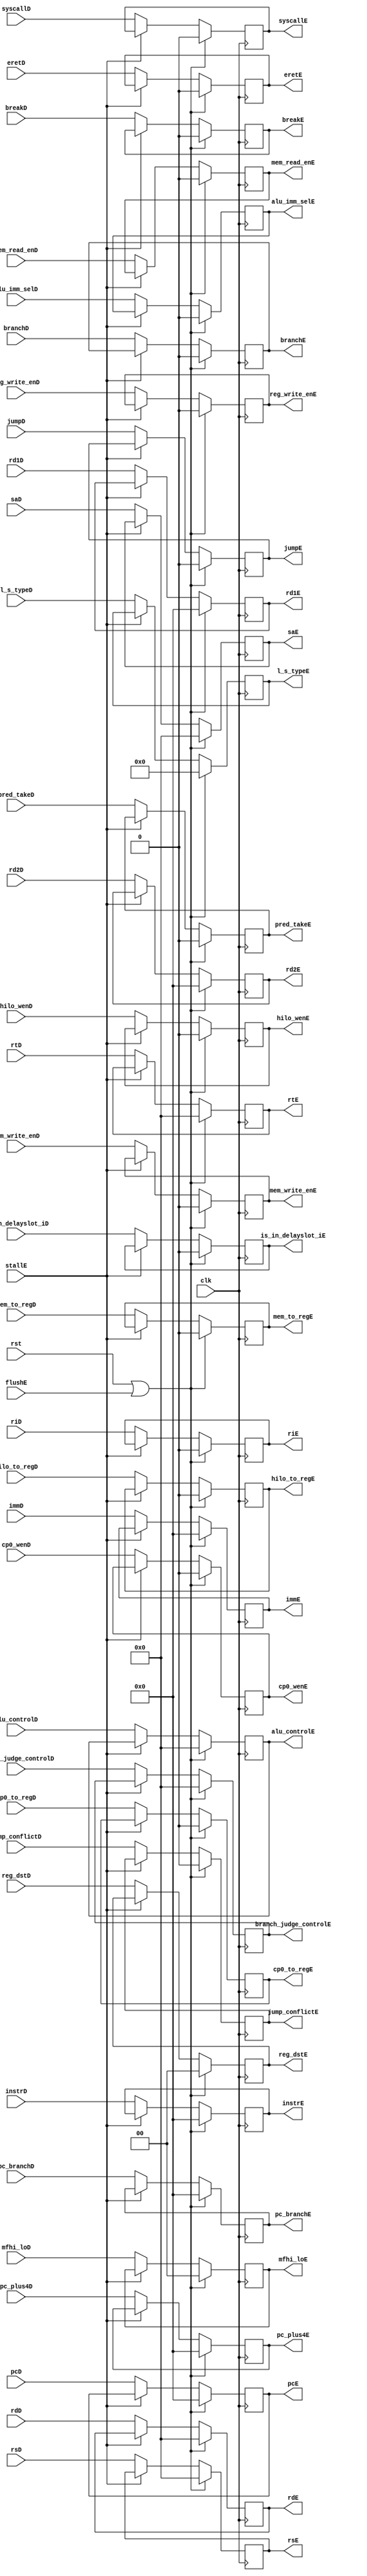
module id_ex (
    input wire clk, rst,
    input wire stallE,
    input wire flushE,
    input wire [31:0] pcD,
    input wire [31:0] rd1D, rd2D,
    input wire [4:0] rsD, rtD, rdD,
    input wire [31:0] immD,
    input wire [31:0] pc_plus4D,
    input wire [31:0] instrD,
    input wire [31:0] pc_branchD,
    input wire pred_takeD,
    input wire branchD,
    input wire jump_conflictD,
    input wire [4:0] saD,
    input wire is_in_delayslot_iD,
    input wire [4:0] alu_controlD,
    input wire jumpD,
    input wire [4:0] branch_judge_controlD,
    input wire [7:0] l_s_typeD,
    input wire [1:0] mfhi_loD,
    input wire [1:0] reg_dstD,		
    input wire alu_imm_selD,	
    input wire mem_read_enD,	
    input wire mem_write_enD,	
    input wire reg_write_enD,	
    input wire mem_to_regD,		
    input wire hilo_wenD,		
    input wire hilo_to_regD,	
    input wire riD,				
    input wire breakD,			
    input wire syscallD,		
    input wire eretD,			
    input wire cp0_wenD,		
    input wire cp0_to_regD,	

    output reg [31:0] pcE,
    output reg [31:0] rd1E, rd2E,
    output reg [4:0] rsE, rtE, rdE,
    output reg [31:0] immE,
    output reg [31:0] pc_plus4E,
    output reg [31:0] instrE,
    output reg [31:0] pc_branchE,
    output reg pred_takeE,
    output reg branchE,
    output reg jump_conflictE,    
    output reg [4:0] saE,        
    output reg is_in_delayslot_iE,
    output reg [4:0] alu_controlE,
    output reg jumpE,
    output reg [4:0] branch_judge_controlE,
    output reg [7:0] l_s_typeE,
    output reg [1:0] mfhi_loE,

    output reg [1:0] reg_dstE,		
    output reg alu_imm_selE,	
    output reg mem_read_enE,	
    output reg mem_write_enE,	
    output reg reg_write_enE,	
    output reg mem_to_regE,		
    output reg hilo_wenE,		
    output reg hilo_to_regE,	
    output reg riE,				
    output reg breakE,			
    output reg syscallE,		
    output reg eretE,			
    output reg cp0_wenE,		
    output reg cp0_to_regE		
);
    always @(posedge clk) begin
        if(rst | flushE) begin
            pcE                     <=      0   ;
            rd1E                    <=      0   ;
            rd2E                    <=      0   ;
            rsE                     <=      0   ;
            rtE                     <=      0   ;
            rdE                     <=      0   ;
            immE                    <=      0   ;
            pc_plus4E               <=      0   ;
            instrE                  <=      0   ;
            pc_branchE              <=      0   ;
            pred_takeE              <=      0   ;
            branchE                 <=      0   ;
            jump_conflictE          <=      0   ;
            saE                     <=      0   ;
            is_in_delayslot_iE      <=      0   ;
            alu_controlE            <=      0   ;
            jumpE                   <=      0   ;
            branch_judge_controlE   <=      0   ;
            l_s_typeE               <=      0   ;
            mfhi_loE                <=      0   ;
            reg_dstE		        <=      0   ; 
			alu_imm_selE	        <=      0   ;
			mem_read_enE	        <=      0   ;
			mem_write_enE	        <=      0   ;
			reg_write_enE	        <=      0   ;
			mem_to_regE		        <=      0   ;
			hilo_wenE		        <=      0   ;
			hilo_to_regE	        <=      0   ;
			riE				        <=      0   ;
			breakE			        <=      0   ;
			syscallE		        <=      0   ;
			eretE			        <=      0   ;
			cp0_wenE		        <=      0   ;
			cp0_to_regE		        <=      0   ;
        end 
        else if(~stallE) begin
            pcE                     <= pcD                  ;
            rd1E                    <= rd1D                 ;
            rd2E                    <= rd2D                 ;
            rsE                     <= rsD                  ;
            rtE                     <= rtD                  ;
            rdE                     <= rdD                  ;
            immE                    <= immD                 ;
            pc_plus4E               <= pc_plus4D            ;
            instrE                  <= instrD               ;
            pc_branchE              <= pc_branchD           ;
            pred_takeE              <= pred_takeD           ;
            branchE                 <= branchD              ;
            jump_conflictE          <= jump_conflictD       ;
            saE                     <= saD                  ;
            is_in_delayslot_iE      <= is_in_delayslot_iD   ;
            alu_controlE            <= alu_controlD         ;
            jumpE                   <= jumpD                ;
            branch_judge_controlE   <= branch_judge_controlD;
            l_s_typeE               <= l_s_typeD            ;
            mfhi_loE                <= mfhi_loD             ;
            reg_dstE		        <= reg_dstD 		    ; 
			alu_imm_selE	        <= alu_imm_selD 	    ;
			mem_read_enE	        <= mem_read_enD		    ;
			mem_write_enE	        <= mem_write_enD	    ;
			reg_write_enE	        <= reg_write_enD 	    ;
			mem_to_regE		        <= mem_to_regD 		    ;
			hilo_wenE		        <= hilo_wenD		    ;
			hilo_to_regE	        <= hilo_to_regD		    ;
			riE				        <= riD				    ;
			breakE			        <= breakD			    ;
			syscallE		        <= syscallD			    ;
			eretE			        <= eretD			    ;
			cp0_wenE		        <= cp0_wenD			    ;
			cp0_to_regE		        <= cp0_to_regD		    ;
        end
    end

// // main_decoder 
//     always@(posedge clk) begin
// 		if(rst | flushE) begin
// 			reg_dstE		<= 0; 
// 			alu_imm_selE	<= 0;
// 			mem_read_enE	<= 0;
// 			mem_write_enE	<= 0;
// 			reg_write_enE	<= 0;
// 			mem_to_regE		<= 0;
// 			hilo_wenE		<= 0;
// 			hilo_to_regE	<= 0;
// 			riE				<= 0;
// 			breakE			<= 0;
// 			syscallE		<= 0;
// 			eretE			<= 0;
// 			cp0_wenE		<= 0;
// 			cp0_to_regE		<= 0;
// 		end
// 		else if(~stallE)begin
// 			reg_dstE		<= reg_dstD 		; 
// 			alu_imm_selE	<= alu_imm_selD 	;
// 			mem_read_enE	<= mem_read_enD		;
// 			mem_write_enE	<= mem_write_enD	;
// 			reg_write_enE	<= reg_write_enD 	;
// 			mem_to_regE		<= mem_to_regD 		;
// 			hilo_wenE		<= hilo_wenD		;
// 			hilo_to_regE	<= hilo_to_regD		;
// 			riE				<= riD				;
// 			breakE			<= breakD			;
// 			syscallE		<= syscallD			;
// 			eretE			<= eretD			;
// 			cp0_wenE		<= cp0_wenD			;
// 			cp0_to_regE		<= cp0_to_regD		;
// 		end
//     end
endmodule